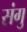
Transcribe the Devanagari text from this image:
संगु